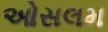
ઓસલમ